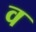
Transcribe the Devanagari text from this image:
व